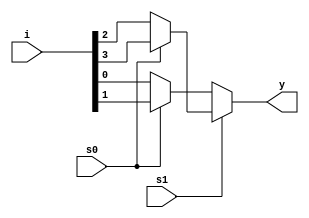
module mux4_1(input s1,s0, input[3:0]i,output y);
  assign y= s1?(s0?(i[3]):(i[2])):(s0?(i[1]):(i[0]));
endmodule